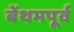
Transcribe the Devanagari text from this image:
बेंथमपूर्व